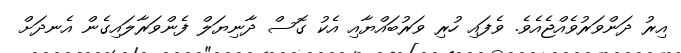
އިރު ދަންވަރުވެއްޖެއެވެ. ވެފައި ހުރި ވަރުބައްޔާއި އެކު ގޮސް ދާނިޔަލް ފެންވަރާލައިގެން އެނދަށް